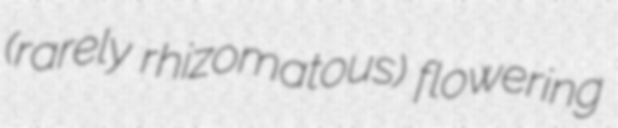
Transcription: (rarely rhizomatous) flowering